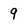
Character: 9